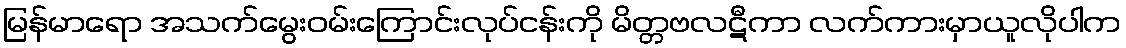
မြန်မာရော အသက်မွေးဝမ်းကြောင်းလုပ်ငန်းကို မိတ္တဗလဋီကာ လက်ကားမှာယူလိုပါက